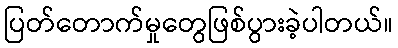
ပြတ်တောက်မှုတွေဖြစ်ပွားခဲ့ပါတယ်။